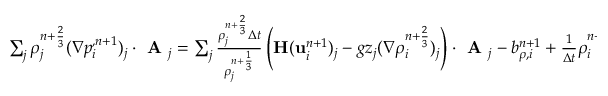
\begin{array} { r } { \sum _ { j } { \rho } _ { j } ^ { n + \frac { 2 } { 3 } } ( \nabla p _ { i } ^ { , n + 1 } ) _ { j } \cdot \textbf { A } _ { j } = \sum _ { j } \frac { { \rho } _ { j } ^ { n + \frac { 2 } { 3 } } \Delta t } { { \rho } _ { j } ^ { n + \frac { 1 } { 3 } } } \left( \mathbf { H } ( \mathbf u _ { i } ^ { n + 1 } ) _ { j } - g z _ { j } ( \nabla { \rho } _ { i } ^ { n + \frac { 2 } { 3 } } ) _ { j } \right) \cdot \textbf { A } _ { j } - b _ { \rho , i } ^ { n + 1 } + \frac { 1 } { \Delta t } { \rho } _ { i } ^ { n + \frac { 2 } { 3 } } , } \end{array}